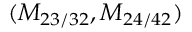
( M _ { 2 3 / 3 2 } , M _ { 2 4 / 4 2 } )